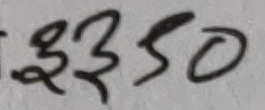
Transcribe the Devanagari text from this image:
२३५०